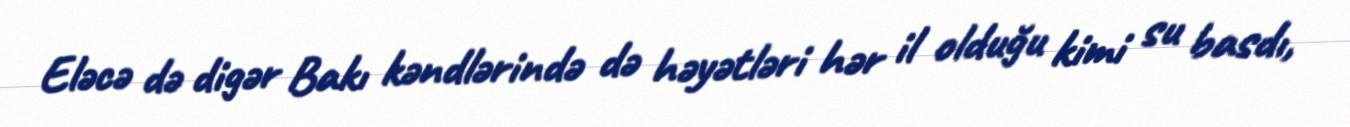
Eləcə də digər Bakı kəndlərində də həyətləri hər il olduğu kimi su basdı,